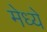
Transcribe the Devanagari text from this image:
मेध्ये